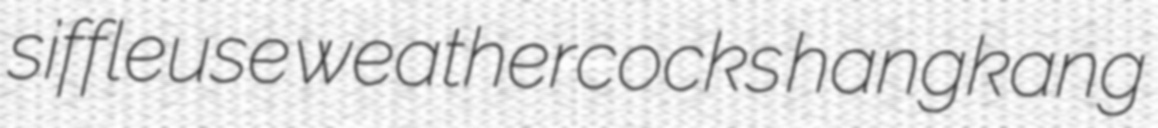
siffleuse weathercocks hangkang